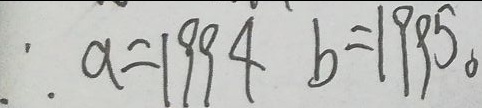
\therefore a = 1 9 9 4 b = 1 9 9 5 。